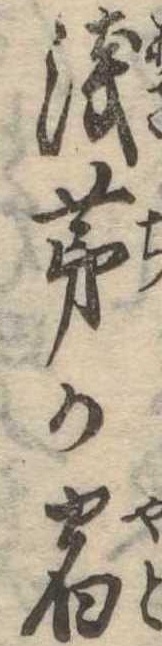
浅茅が宿